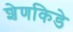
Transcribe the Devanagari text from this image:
शेणकिडे